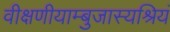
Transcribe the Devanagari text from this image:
वीक्षणीयाम्बुजास्यश्रियं